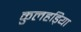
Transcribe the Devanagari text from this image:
कुलहड़िया